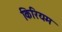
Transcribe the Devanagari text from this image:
किरियम